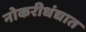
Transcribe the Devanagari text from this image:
नोकरीधंद्यात